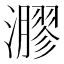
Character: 㶀